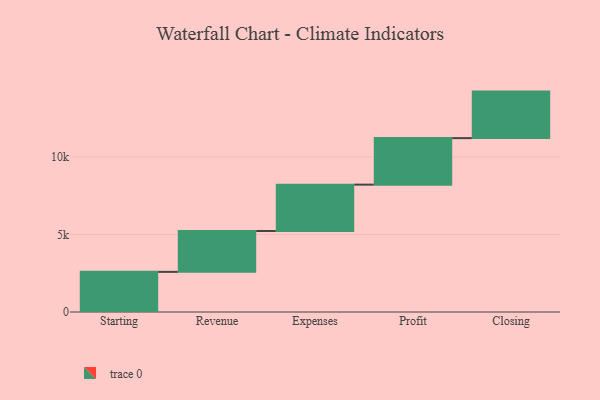
{"axis": {"x": "Step", "y": "Value"}, "legend": [""], "data": [{"x": "Starting", "y": 2588.0, "type": ""}, {"x": "Revenue", "y": 2634.0, "type": ""}, {"x": "Expenses", "y": 2991.0, "type": ""}, {"x": "Profit", "y": 3000, "type": ""}, {"x": "Closing", "y": 3000, "type": ""}]}